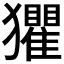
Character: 𤣓